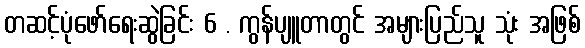
တဆင့်ပုံဖော်ရေးဆွဲခြင်း 6 . ကွန်ပျူတာတွင် အများပြည်သူ သုံး အဖြစ်